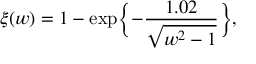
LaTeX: \xi ( w ) = 1 - \exp \biggl \{ - \frac { 1 . 0 2 } { \sqrt { w ^ { 2 } - 1 } } \biggr \} ,